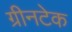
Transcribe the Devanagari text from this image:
ग्रीनटेक